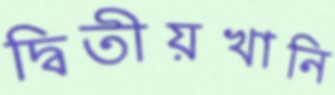
দ্বিতীয়খানি